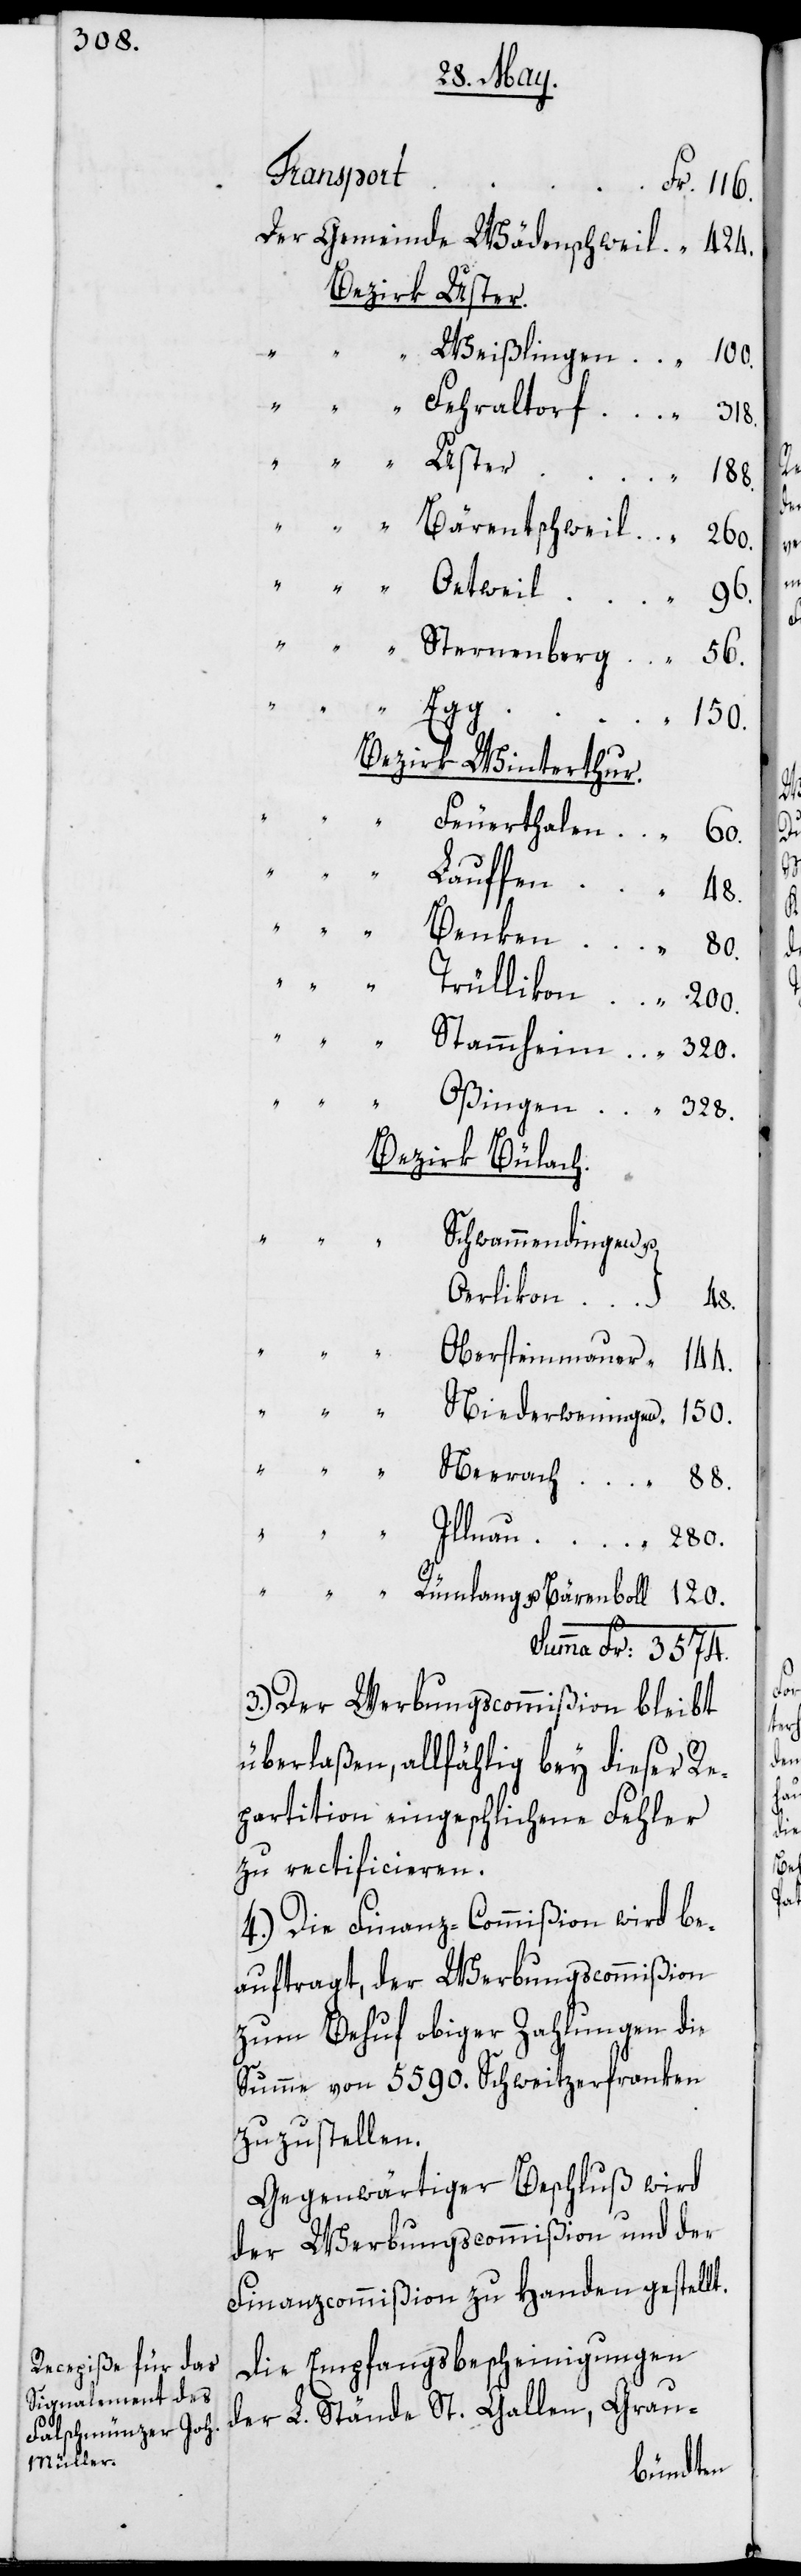
200.

Transport
56.
Bezirk Uster.
Bezirk Winterthur.
Bezirk Bülach.
Schwammendingen u.
Oerlikon
120.
Obersteinmauer
Niederweningen
3.) Der Werbungscommißion bleibt
überlaßen, allfählig bey dieser Re¬
partition eingeschlichene Fehler
zu rectificieren.
4.) Die Finanz-Commißion wird be¬
auftragt, der Werbungscommißion
zum Behuf obiger Zahlungen die
Summe von 5590. Schweitzerfranken
zuzustellen.
Gegenwärtiger Beschluß wird
der Werbungscommißion und der
Finanzcommißion zu Handen gestellt.
Die Empfangsbescheinigungen
der L. Stände St. Gallen, Grau-